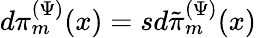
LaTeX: d\pi_{m}^{(\Psi)}(x)=sd\tilde{\pi}_{m}^{(\Psi)}(x)